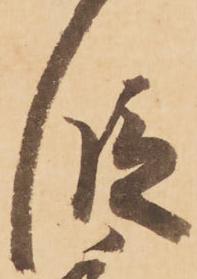
段